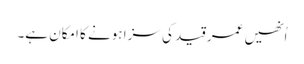
اُنھیں عمر قید کی سزا ہونے کا امکان ہے۔